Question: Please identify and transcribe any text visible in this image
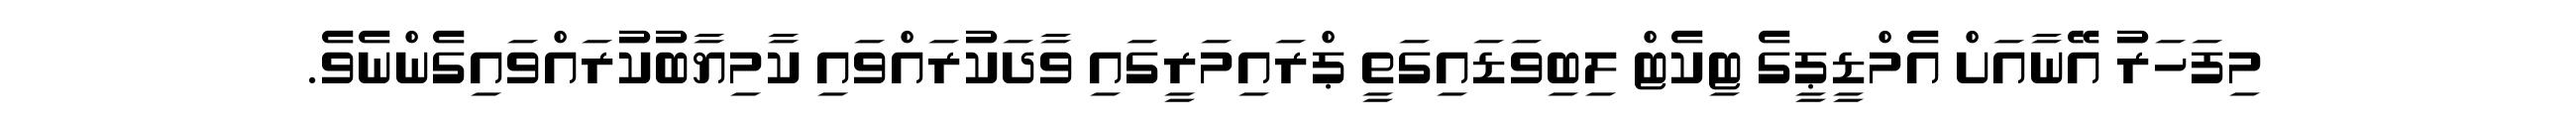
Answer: މިފަހަރު އޭނާއަށް އެމްޑީޕީގެ ޓިކެޓް ލިބިވަޑައިގަތީ ޕްރައިމަރީގައި ވާދަކުރައްވައި ކާމިޔާބުކުރައްވައިގެންނެވެ.